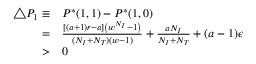
\begin{array} { r l } { \triangle P _ { 1 } \equiv } & { { } P ^ { * } ( 1 , 1 ) - P ^ { * } ( 1 , 0 ) } \\ { = } & { { } \frac { [ ( a + 1 ) r - a ] \left( w ^ { N _ { I } } - 1 \right) } { ( N _ { I } + N _ { T } ) ( w - 1 ) } + \frac { a N _ { I } } { N _ { I } + N _ { T } } + ( a - 1 ) \epsilon } \\ { > } & { { } 0 } \end{array}